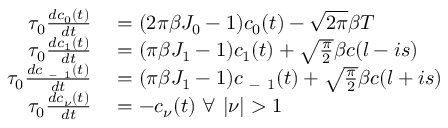
\begin{array} { r l } { \tau _ { 0 } \frac { d c _ { 0 } ( t ) } { d t } } & { { } = ( 2 \pi \beta J _ { 0 } - 1 ) c _ { 0 } ( t ) - \sqrt { 2 \pi } \beta T } \\ { \tau _ { 0 } \frac { d c _ { 1 } ( t ) } { d t } } & { { } = ( \pi \beta J _ { 1 } - 1 ) c _ { 1 } ( t ) + \sqrt { \frac { \pi } { 2 } } \beta c ( l - i s ) } \\ { \tau _ { 0 } \frac { d c _ { \mathrm { ~ - ~ } 1 } ( t ) } { d t } } & { { } = ( \pi \beta J _ { 1 } - 1 ) c _ { \mathrm { ~ - ~ } 1 } ( t ) + \sqrt { \frac { \pi } { 2 } } \beta c ( l + i s ) } \\ { \tau _ { 0 } \frac { d c _ { \nu } ( t ) } { d t } } & { { } = - c _ { \nu } ( t ) \ \forall \ \lvert \nu \rvert > 1 } \end{array}